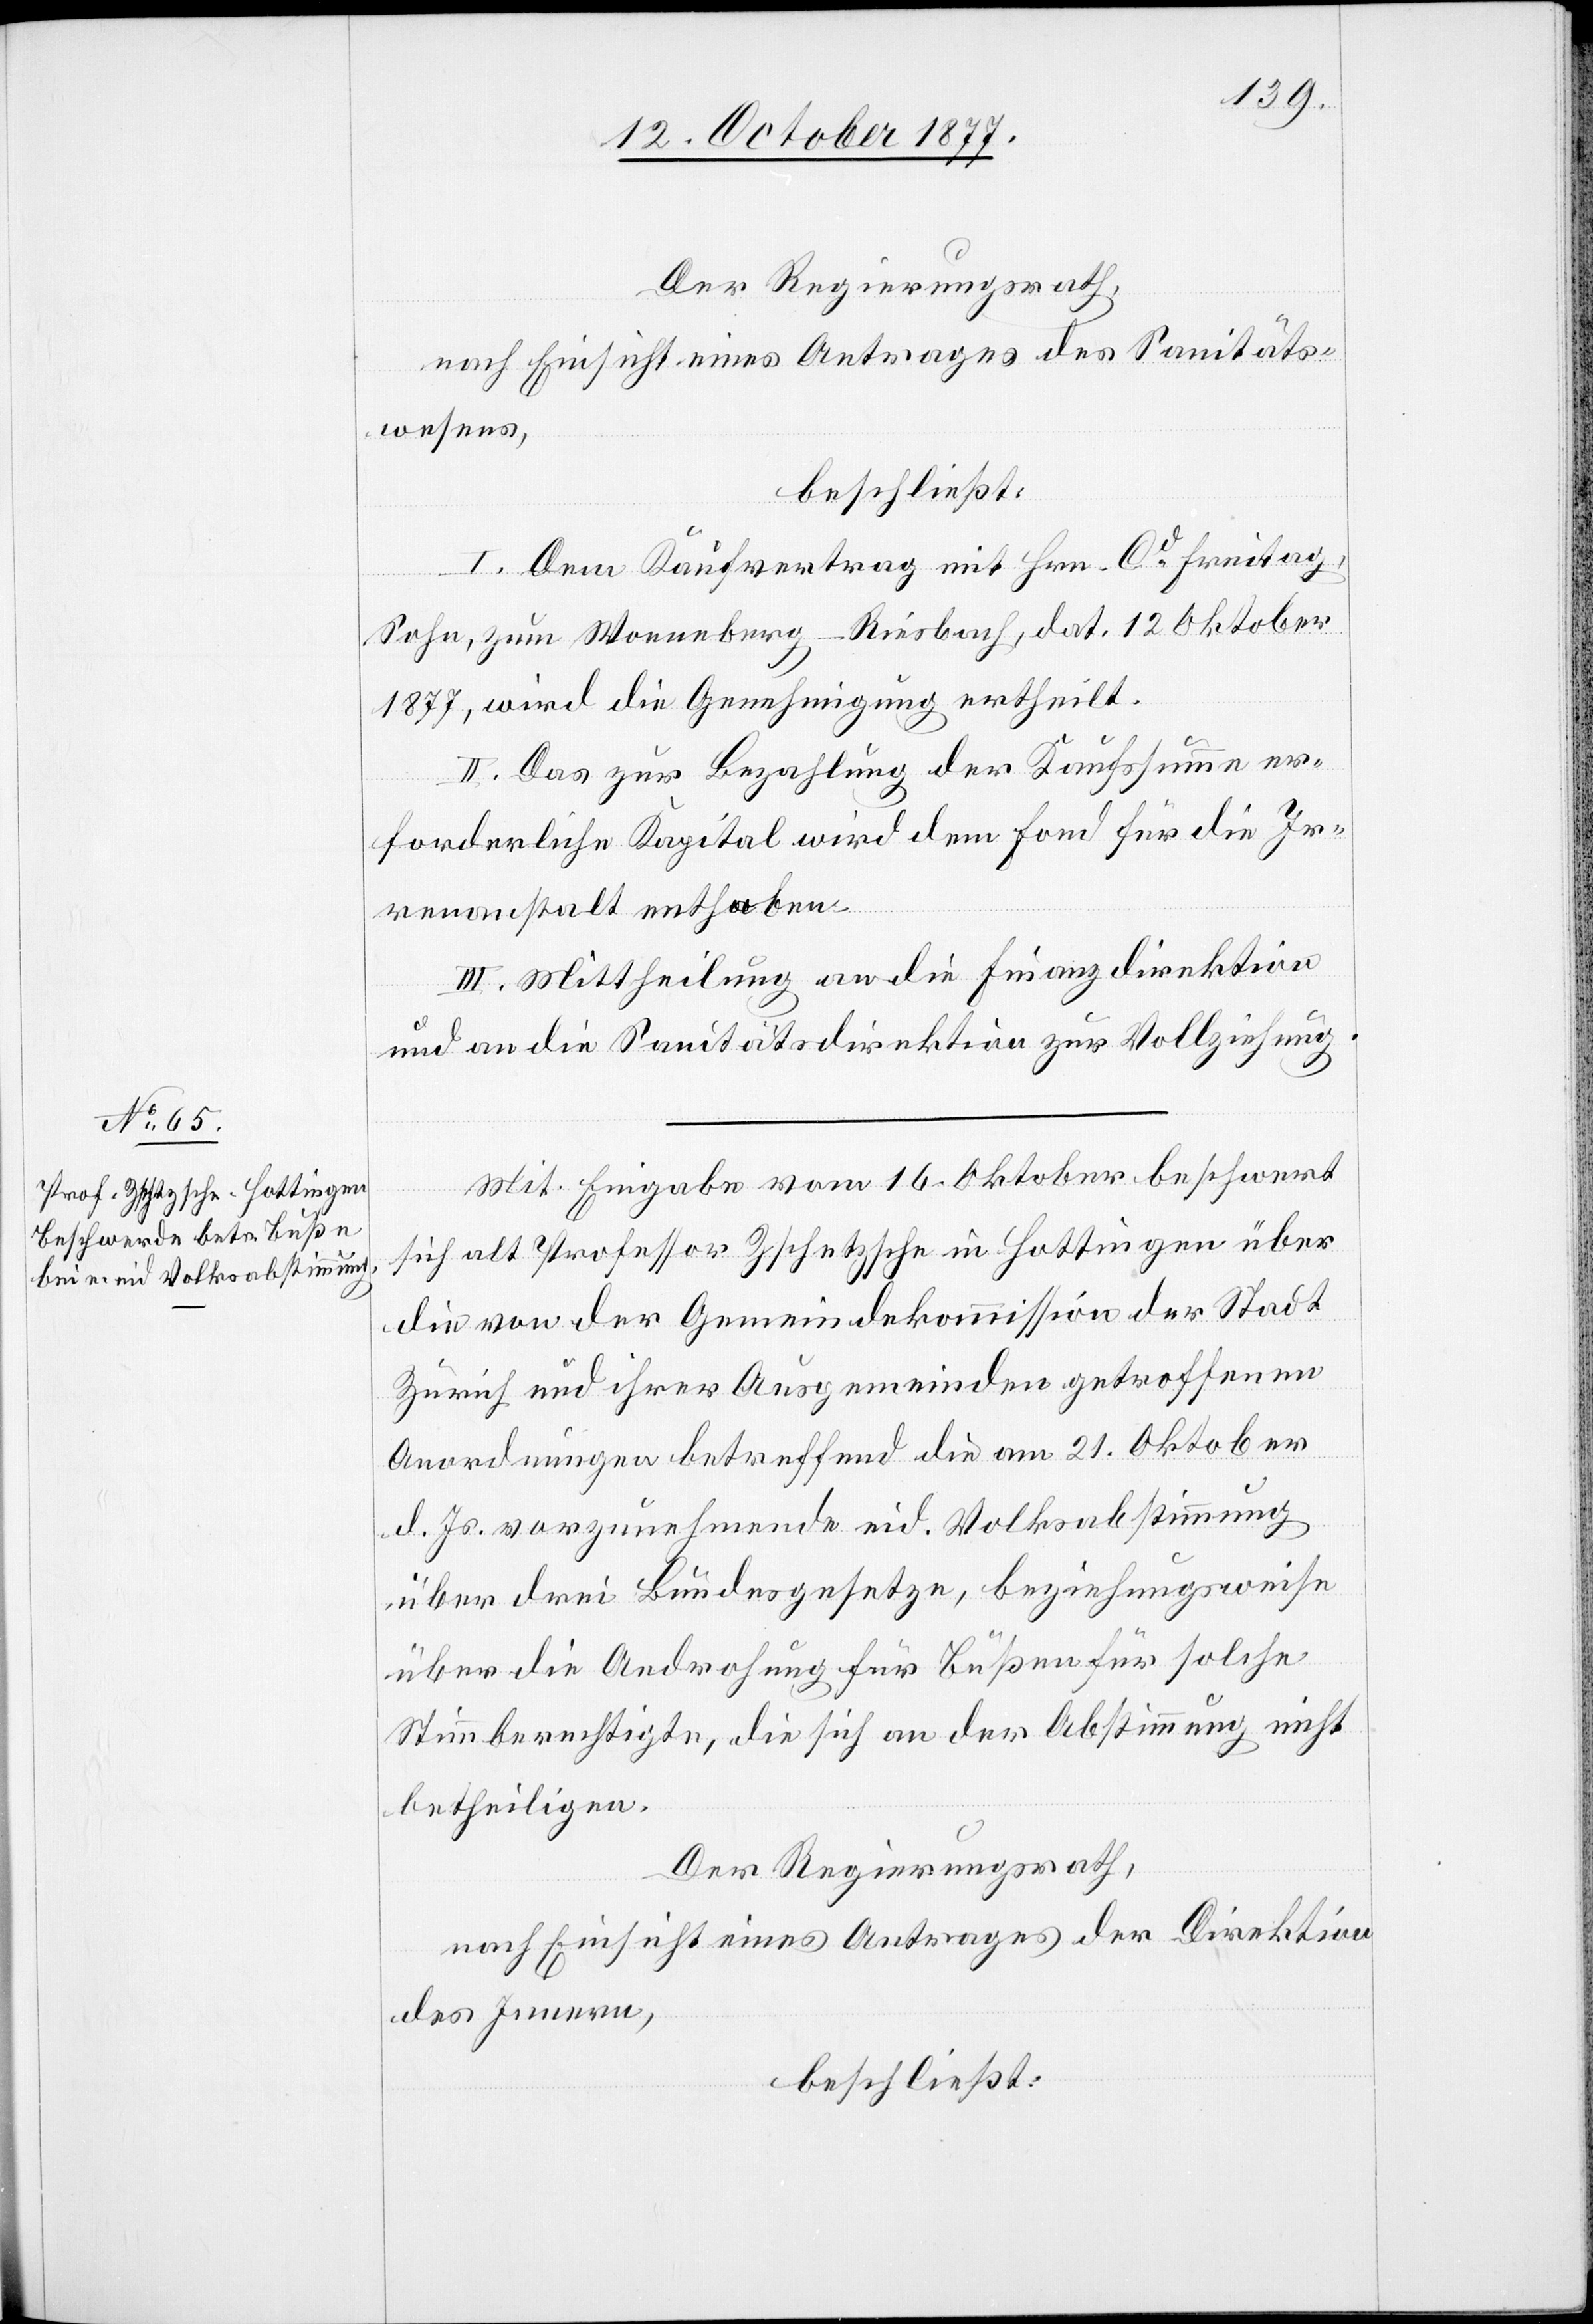
16. October 1877.]
Der Regierungsrath,
nach Einsicht eines Antrages des Sanitäts¬
wesens,
beschließt:
I. Dem Kaufvertrag mit Hrn. Cd Freitag,
Sohn, zum Wonneberg - Riesbach, dat. 12. Oktober
1877, wird die Genehmigung ertheilt.
II. Das zur Bezahlung der Kaufssumme er¬
forderliche Kapital wird dem Fond für die Ir¬
renanstalt enthoben.
III. Mittheilung an die Finanzdirektion
und an die Sanitätsdirektion zur Vollziehung.
Mit Eingabe vom 16. Oktober beschwert
sich alt Professor Zschetzsche in Hottingen über
die von der Gemeindekommission der Stadt
Zürich und ihrer Ausgemeinden getroffenen
Anordnungen betreffend die am 21. Oktober
d. Js. vorzunehmende eid. Volksabstimmung
über drei Bundesgesetze, beziehungsweise
über die Androhung für Bußen für solche
Stimmberechtigte, die sich an der Abstimmung nicht
betheiligen.
Der Regierungsrath,
nach Einsicht eines Antrages der Direktion
des Innern,
beschließt: